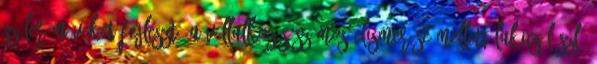
szélerômûveket fejleszt. A vállalkozás számos elismerése mellett Lakics László